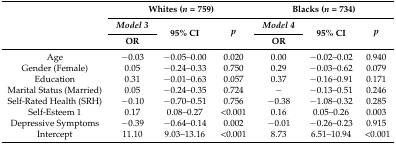
| <ROWSPAN=3>  | <COLSPAN=3> Whites (n = 759) | <COLSPAN=3> Blacks (n = 734) |
 | Model 3 | <ROWSPAN=2> 95% CI | <ROWSPAN=2> p | Model 4 | <ROWSPAN=2> 95% CI | <ROWSPAN=2> p |
 | OR | OR |
 | --- | --- | --- | --- | --- | --- | --- |
 | Age | −0.03 | −0.05–0.00 | 0.020 | 0.00 | −0.02–0.02 | 0.940 |
 | Gender (Female) | 0.05 | −0.24–0.33 | 0.750 | 0.29 | −0.03–0.62 | 0.079 |
 | Education | 0.31 | −0.01–0.63 | 0.057 | 0.37 | −0.16–0.91 | 0.171 |
 | Marital Status (Married) | 0.05 | −0.24–0.35 | 0.724 | − | −0.13–0.51 | 0.246 |
 | Self-Rated Health (SRH) | −0.10 | −0.70–0.51 | 0.756 | −0.38 | −1.08–0.32 | 0.285 |
 | Self-Esteem 1 | 0.17 | 0.08–0.27 | <0.001 | 0.16 | 0.05–0.26 | 0.003 |
 | Depressive Symptoms | −0.39 | −0.64–0.14 | 0.002 | −0.01 | −0.26–0.23 | 0.915 |
 | Intercept | 11.10 | 9.03–13.16 | <0.001 | 8.73 | 6.51–10.94 | <0.001 |